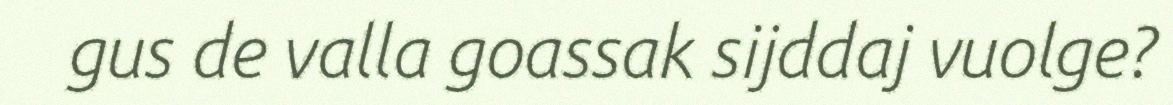
gus de valla goassak sijddaj vuolge?